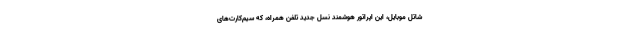
شاتل موبایل، این اپراتور هوشمند نسل جدید تلفن همراه، که سیم‌کارت‌های